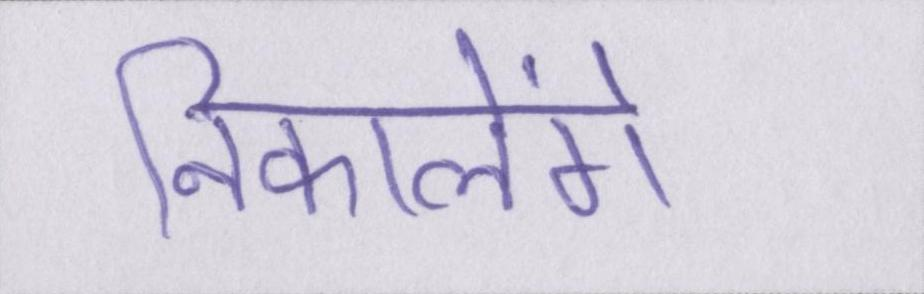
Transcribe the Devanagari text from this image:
निकालेंगे